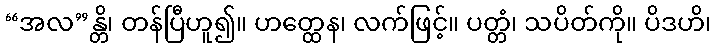
“အလ”န္တိ၊ တန်ပြီဟူ၍။ ဟတ္ထေန၊ လက်ဖြင့်။ ပတ္တံ၊ သပိတ်ကို။ ပိဒဟိ၊